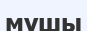
мушы